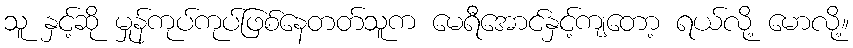
သူ နှင့်ဆို မှုန်ကုပ်ကုပ်ဖြစ်နေတတ်သူက မေရီအောင်နှင့်ကျတော့ ရယ်လို့ မောလို့။